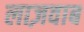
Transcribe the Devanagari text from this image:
लाज़वाब